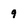
Character: 9